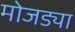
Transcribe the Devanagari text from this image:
मोजड्या